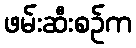
ဖမ်းဆီးစဉ်က